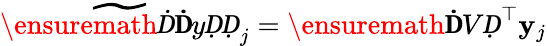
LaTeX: \widetilde{\ensuremath Ḋ\mathbf ḊyḌḌ}_{j}=\ensuremath{\mathbf ḊVḌ}^{\top}\mathbf{y}_{j}